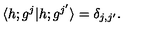
\langle h ; g ^ { j } \vert h ; g ^ { j ^ { \prime } } \rangle = \delta _ { j , j ^ { \prime } } { } .